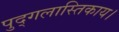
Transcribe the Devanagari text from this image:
पुद्गलास्तिकाय।